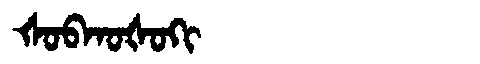
Manchu: ᡧᠣᠪᡴᠣᡧᠣᡴᡳ
Romanization: ŠOBKOŠOKI